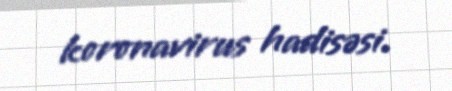
koronavirus hadisəsi.